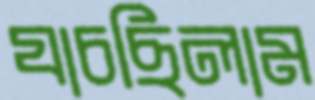
যাচছিলাম